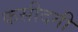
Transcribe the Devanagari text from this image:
कसीदगी